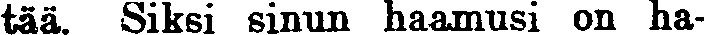
tää. Siksi sinun haamusi on ha-